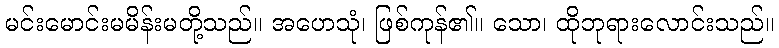
မင်းမောင်းမမိန်းမတို့သည်။ အဟေသုံ၊ ဖြစ်ကုန်၏။ သော၊ ထိုဘုရားလောင်းသည်။